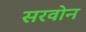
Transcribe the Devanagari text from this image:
सरवोन